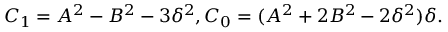
C _ { 1 } = A ^ { 2 } - B ^ { 2 } - 3 \delta ^ { 2 } , C _ { 0 } = ( A ^ { 2 } + 2 B ^ { 2 } - 2 \delta ^ { 2 } ) \delta .